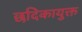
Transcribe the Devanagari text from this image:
छदिकायुक्त